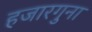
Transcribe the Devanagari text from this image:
हजारगुना